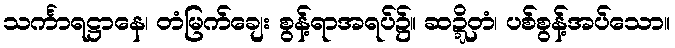
သင်္ကာရဋ္ဌာနေ၊ တံမြက်ချေး စွန့်ရာအရပ်၌။ ဆဍ္ဍိတံ၊ ပစ်စွန့်အပ်သော။